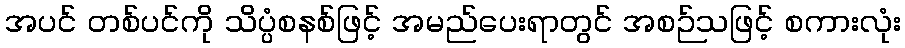
အပင် တစ်ပင်ကို သိပ္ပံစနစ်ဖြင့် အမည်ပေးရာတွင် အစဉ်သဖြင့် စကားလုံး